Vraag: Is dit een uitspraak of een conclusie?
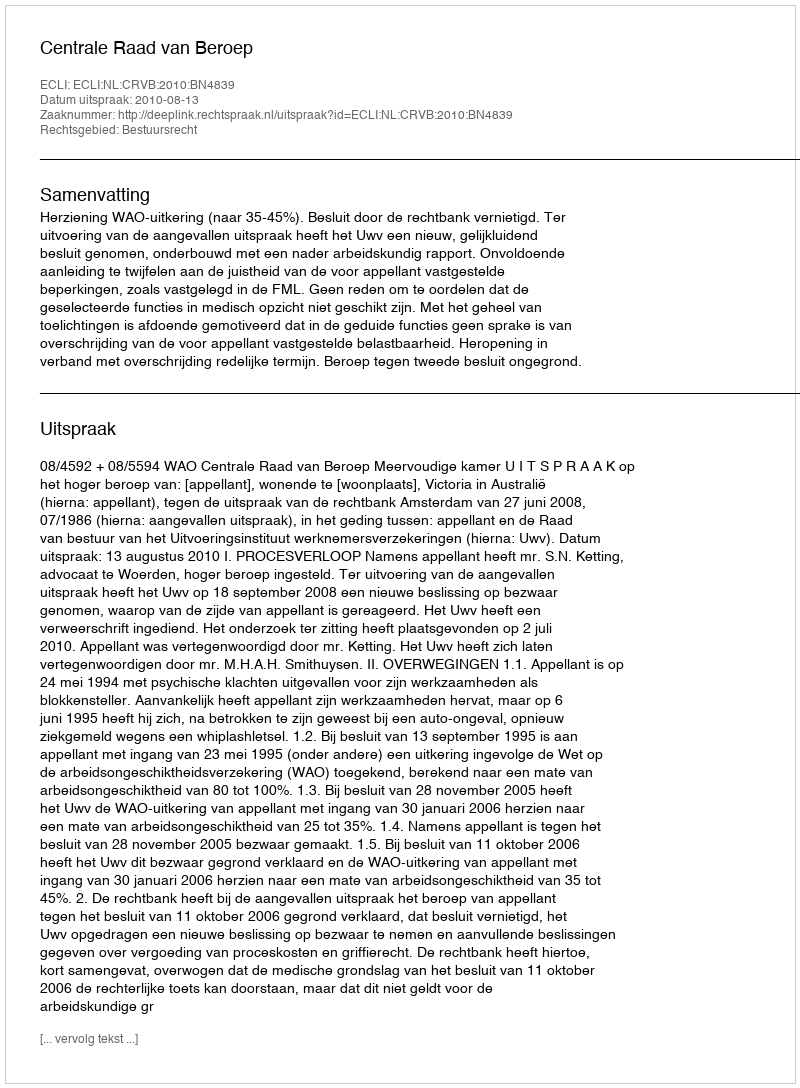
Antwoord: Uitspraak